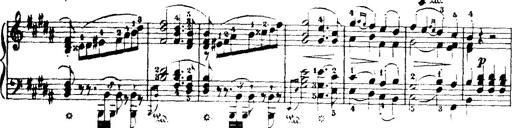
Title: Wagner-Liszt Album
Composer: Franz Liszt